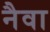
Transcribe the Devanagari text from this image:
नैवा